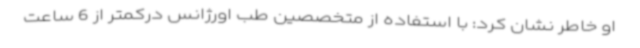
او خاطر نشان کرد: با استفاده از متخصصین طب اورژانس درکمتر از 6 ساعت